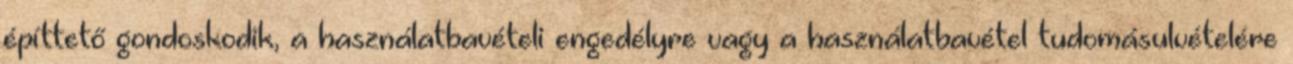
építtető gondoskodik, a használatbavételi engedélyre vagy a használatbavétel tudomásulvételére